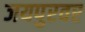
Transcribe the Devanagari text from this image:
जयपुरवर